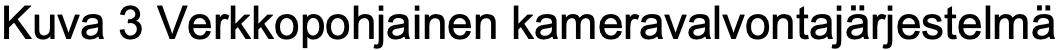
Kuva 3 Verkkopohjainen kameravalvontajärjestelmä